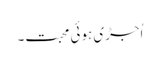
اُجڑی ہوئی محبت۔